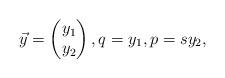
LaTeX: \begin{align*}\vec y=\begin{pmatrix}y_1 \\ y_2\end{pmatrix},q=y_1,p=s y_2,\end{align*}